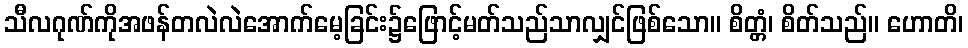
သီလဂုဏ်ကိုအဖန်တလဲလဲအောက်မေ့ခြင်း၌ဖြောင့်မတ်သည်သာလျှင်ဖြစ်သော။ စိတ္တံ၊ စိတ်သည်။ ဟောတိ၊